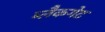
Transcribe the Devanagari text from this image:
ब्लैकगेट